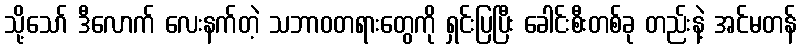
သို့သော် ဒီလောက် လေးနက်တဲ့ သဘာဝတရားတွေကို ရှင်းပြပြီး ခေါင်းစီးတစ်ခု တည်းနဲ့ အင်မတန်